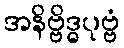
အနိဗ္ဗိဒ္ဓပုဗ္ဗံ